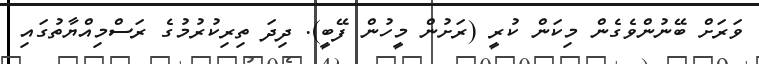
ވަރަށް ބޭނުންވެގެން މިކަން ކުރީ (ރަށުން މީހުން ފޭބީ). ދިދަ ތިރިކުރުމުގެ ރަސްމިއްޔާތުގައި